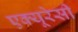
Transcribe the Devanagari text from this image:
एक्‍यूरेसी